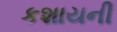
કશાયની